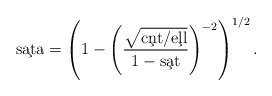
\begin{align*} \c{sata} = \left( 1 - \left(\frac{\sqrt{\c{cnt}/\c{ell}}}{1-\c{sat}}\right)^{-2} \right)^{1/2}.\end{align*}